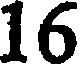
16